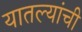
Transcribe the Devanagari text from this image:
यातल्यांची